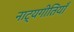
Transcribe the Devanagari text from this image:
नाट्यगीतियाँ